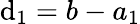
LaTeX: \mathrm{d}_{1}=b-a_{1}